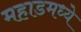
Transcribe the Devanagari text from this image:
महाडमध्ये